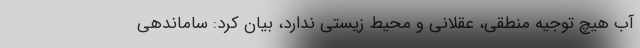
آب هیچ توجیه منطقی، عقلانی و محیط زیستی ندارد، بیان کرد: ساماندهی